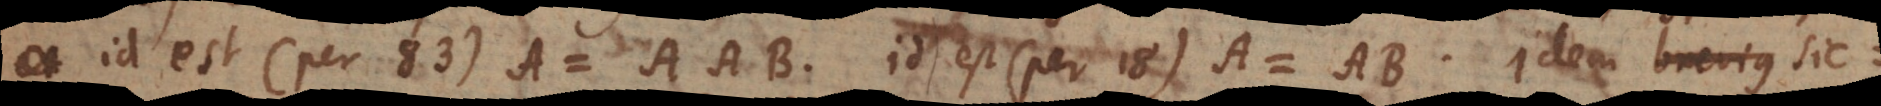
, id est (per 83) A = AAB, id est (per 18) A = AB. Idem brevius sic: